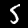
Label: 5